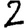
Digit: 2